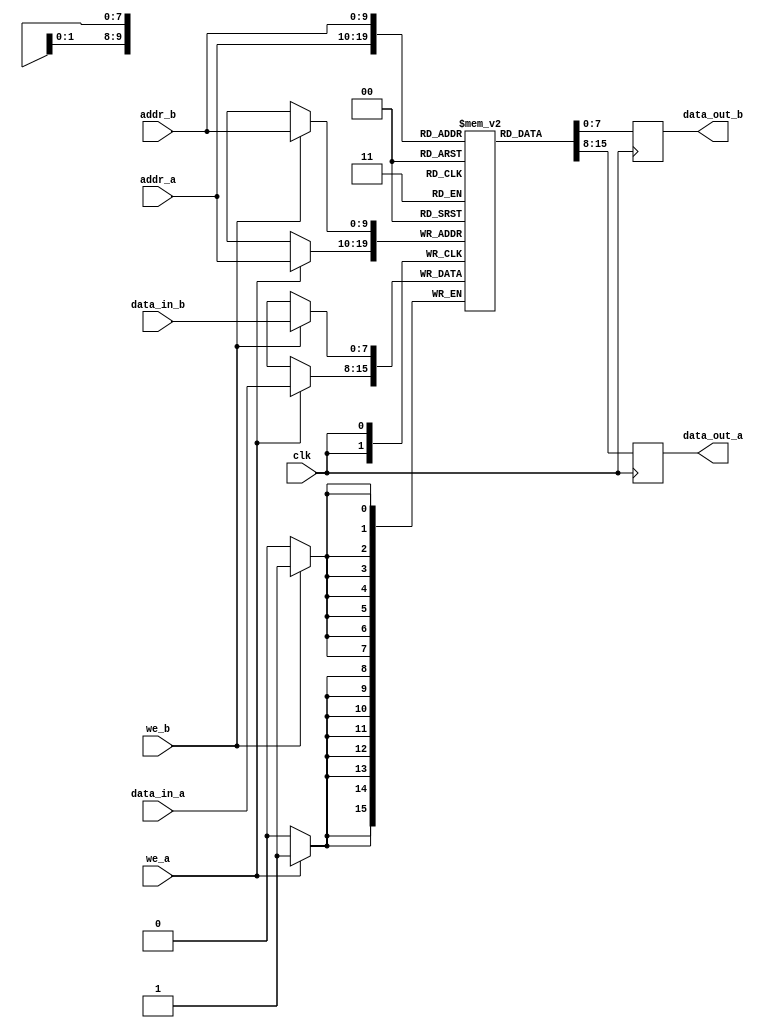
module dual_port_sram #(
    parameter ADDR_WIDTH = 10,  // Address width (10 bits for 1K addresses)
    parameter DATA_WIDTH = 8     // Data width (8 bits)
)(
    input wire clk,              // Clock signal
    input wire we_a,             // Write enable for Port A
    input wire we_b,             // Write enable for Port B
    input wire [ADDR_WIDTH-1:0] addr_a, // Address for Port A
    input wire [ADDR_WIDTH-1:0] addr_b, // Address for Port B
    input wire [DATA_WIDTH-1:0] data_in_a, // Data input for Port A
    input wire [DATA_WIDTH-1:0] data_in_b, // Data input for Port B
    output reg [DATA_WIDTH-1:0] data_out_a, // Data output for Port A
    output reg [DATA_WIDTH-1:0] data_out_b  // Data output for Port B
);

    // Memory array declaration
    reg [DATA_WIDTH-1:0] mem_array [0:(1<<ADDR_WIDTH)-1];

    // Port A read/write logic
    always @(posedge clk) begin
        if (we_a) begin
            // Write operation
            mem_array[addr_a] <= data_in_a;
        end
        // Read operation (data_out_a is updated on clock edge)
        data_out_a <= mem_array[addr_a];
    end

    // Port B read/write logic
    always @(posedge clk) begin
        if (we_b) begin
            // Write operation
            mem_array[addr_b] <= data_in_b;
        end
        // Read operation (data_out_b is updated on clock edge)
        data_out_b <= mem_array[addr_b];
    end

endmodule